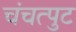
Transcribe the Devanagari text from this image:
चंचत्पुट